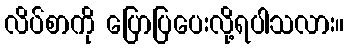
လိပ်စာကို ပြောပြပေးလို့ရပါသလား။